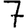
Digit: 7